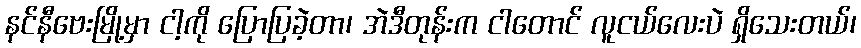
နင်နီဗေးမြို့မှာ ငါ့ကို ပြောပြခဲ့တာ၊ အဲဒီတုန်းက ငါတောင် လူငယ်လေးပဲ ရှိသေးတယ်၊